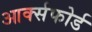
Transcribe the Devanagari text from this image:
आर्क्सफोर्ड